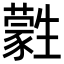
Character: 𤯾